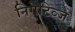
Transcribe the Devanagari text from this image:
निगेटिव्ज